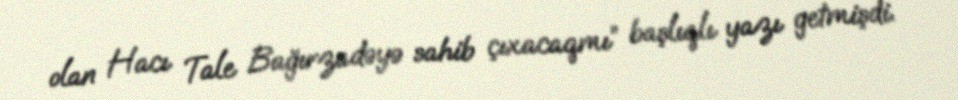
olan Hacı Tale Bağırzadəyə sahib çıxacaqmı” başlıqlı yazı getmişdi.